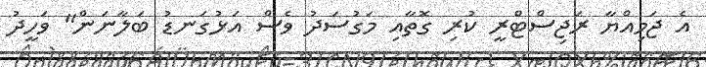
އެ ޖަމިއްޔާ ރަޖިސްޓްރީ ކުރި ގޮތާއި މަގުސަދު ވެސް އަޅުގަނޑު ބަލާނަން" ވަހީދު